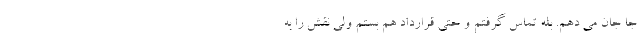
جا جان می دهم. بله تماس گرفتم و حتی قرارداد هم بستم ولی نقش را به